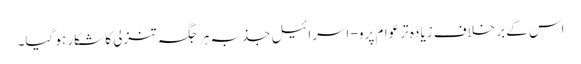
اس کے برخلاف زیادہ تر عوام پرو- اسرائیل جذبہ ہر جگہ تنزلی کا شکار ہو گیا۔